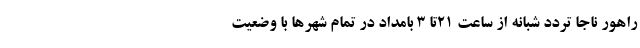
راهور ناجا تردد شبانه از ساعت ۲۱تا ۳ بامداد در تمام شهرها با وضعیت